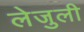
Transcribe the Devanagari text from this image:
लेजुली